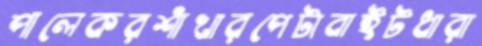
পালেকরশাঁখারপেটাবাইটধারা